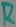
Text: R